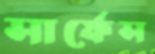
সার্ফেস